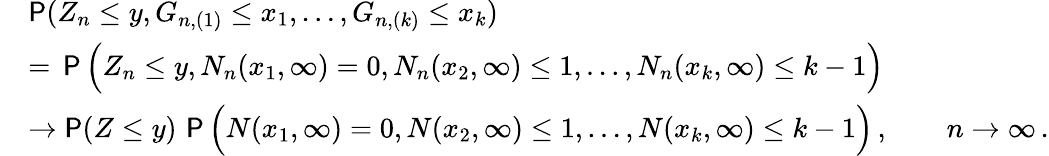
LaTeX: \begin{array}{rl}&{\P(Z_{n}\leq y,G_{n,(1)}\leq x_{1},\ldots,G_{n,(k)}\leq x_{k})}\\ &{=\, \P\Big(Z_{n}\leq y,N_{n}(x_{1},\infty)=0,N_{n}(x_{2},\infty)\le 1,\ldots,N_{n}(x_{k},\infty)\leq k-1\Big)}\\ &{\to\P(Z\leq y)\, \P\Big(N(x_{1},\infty)=0,N(x_{2},\infty)\le 1,\ldots,N(x_{k},\infty)\leq k-1\Big)\, ,\qquad n\to\infty\, .}\end{array}